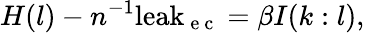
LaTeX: H(l)-n^{-1}\mathrm{leak}_{\mathrm{~e~c~}}=\beta I(k:l),